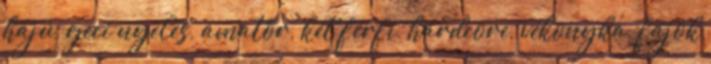
hajú, geci nyelés, amatőr, két férfi, hardcore, vékonyka, fajok